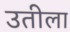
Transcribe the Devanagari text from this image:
उतीला